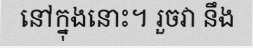
នៅក្នុងនោះ។ រួចវា នឹង